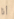
أنا